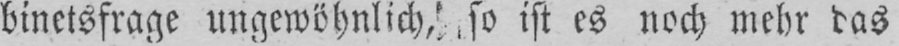
binetsfrage ungewöhnlich, so ist es noch mehr das